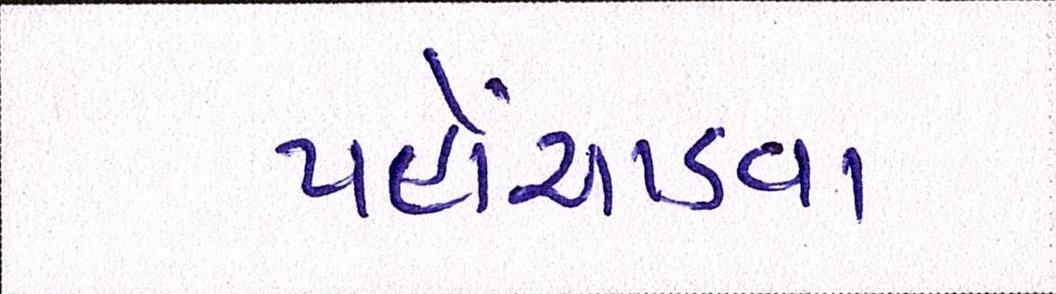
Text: પહોંચાડવા